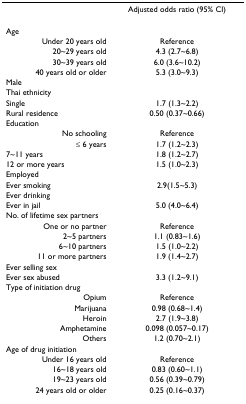
|  | Adjusted odds ratio (95% CI) |
 | --- | --- |
 | Age |  |
 | Under 20 years old | Reference |
 | 20~29 years old | 4.3 (2.7~6.8) |
 | 30~39 years old | 6.0 (3.6~10.2) |
 | 40 years old or older | 5.3 (3.0~9.3) |
 | Male |  |
 | Thai ethnicity |  |
 | Single | 1.7 (1.3~2.2) |
 | Rural residence | 0.50 (0.37~0.66) |
 | Education |  |
 | No schooling | Reference |
 | ≤ 6 years | 1.7 (1.2~2.3) |
 | 7~11 years | 1.8 (1.2~2.7) |
 | 12 or more years | 1.5 (1.0~2.3) |
 | Employed |  |
 | Ever smoking | 2.9(1.5~5.3) |
 | Ever drinking |  |
 | Ever in jail | 5.0 (4.0~6.4) |
 | No. of lifetime sex partners |  |
 | One or no partner | Reference |
 | 2~5 partners | 1.1 (0.83~1.6) |
 | 6~10 partners | 1.5 (1.0~2.2) |
 | 11 or more partners | 1.9 (1.4~2.7) |
 | Ever selling sex |  |
 | Ever sex abused | 3.3 (1.2~9.1) |
 | Type of initiation drug |  |
 | Opium | Reference |
 | Marijuana | 0.98 (0.68~1.4) |
 | Heroin | 2.7 (1.9~3.8) |
 | Amphetamine | 0.098 (0.057~0.17) |
 | Others | 1.2 (0.70~2.1) |
 | Age of drug initiation |  |
 | Under 16 years old | Reference |
 | 16~18 years old | 0.83 (0.60~1.1) |
 | 19~23 years old | 0.56 (0.39~0.79) |
 | 24 years old or older | 0.25 (0.16~0.37) |